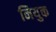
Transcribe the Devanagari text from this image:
नियुक